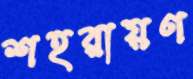
শহরায়ণ